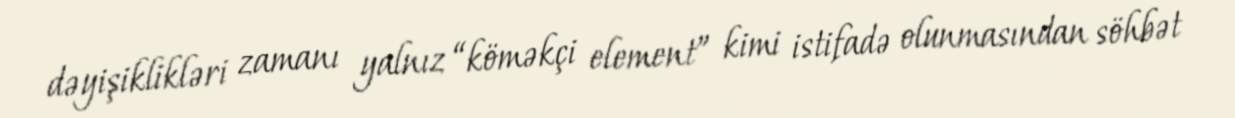
dəyişiklikləri zamanı yalnız “köməkçi element” kimi istifadə olunmasından söhbət